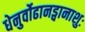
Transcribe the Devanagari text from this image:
धेनुर्वोढानड्वानाशुः